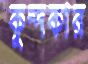
কুন্দকার